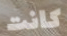
كانت